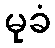
မုခံ